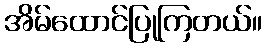
အိမ်ထောင်ပြုကြတယ်။